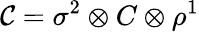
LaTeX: {\cal C}=\sigma^{2}\otimes C\otimes\rho^{1}